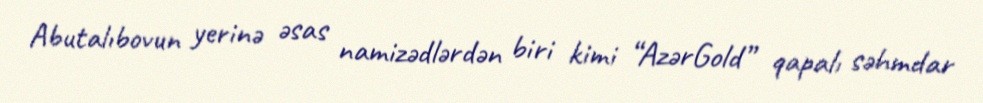
Abutalıbovun yerinə əsas namizədlərdən biri kimi “AzərGold” qapalı səhmdar